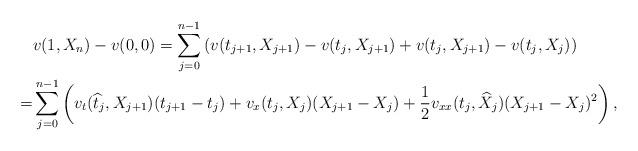
LaTeX: \begin{align*}& v(1,X_n)-v(0,0)=\sum_{j=0}^{n-1}\left(v(t_{j+1},X_{j+1})-v(t_j,X_{j+1})+v(t_j,X_{j+1})-v(t_j,X_j)\right)\\=& \sum_{j=0}^{n-1}\left(v_t(\widehat t_j,X_{j+1})(t_{j+1}-t_j) +v_x(t_j,X_j)(X_{j+1}-X_j)+\frac{1}{2}v_{xx}(t_j,\widehat X_j)(X_{j+1}-X_j)^2\right),\end{align*}